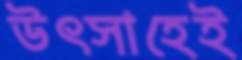
উৎসাহেই